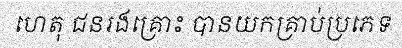
ហេតុ ជនរងគ្រោះ បានយកគ្រាប់ប្រភេទ